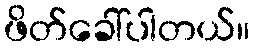
ဖိတ်ခေါ်ပါတယ်။